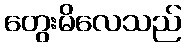
တွေးမိလေသည်